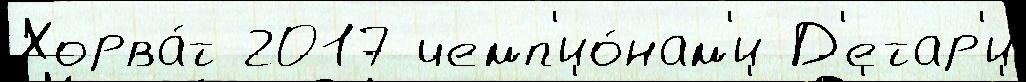
Хорва́т 2017 чемп'ио́нам'и Д'етар'и